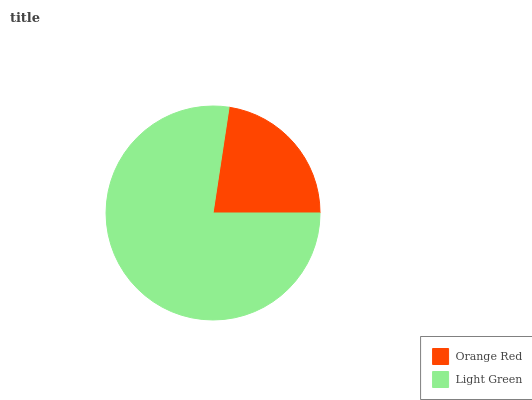
| Orange Red | Light Green |
 | --- | --- |
 | 22.6% | 77.4% |